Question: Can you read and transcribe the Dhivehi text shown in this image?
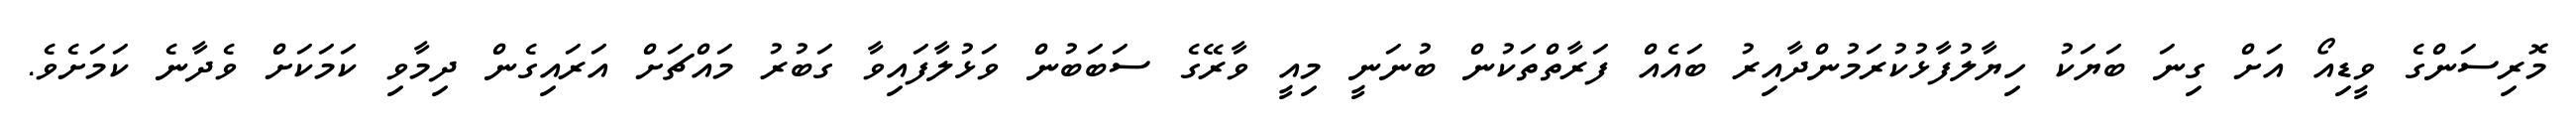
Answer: މޮރިސަންގެ ވީޑިއޯ އަށް ގިނަ ބަޔަކު ހިޔާލުފާޅުކުރަމުންދާއިރު ބައެއް ފަރާތްތަކުން ބުނަނީ މިއީ ވާރޭގެ ސަބަބުން ވަޅުލާފައިވާ ގަބުރު މައްޗަށް އަރައިގެން ދިމާވި ކަމަކަށް ވެދާނެ ކަމަށެވެ.